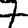
Digit: 7